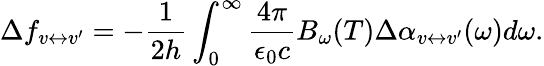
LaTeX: \Delta f_{v\leftrightarrow v^{\prime}}=-\frac{1}{2h}\int_{0}^{\infty}\frac{4\pi}{\epsilon_{0}c}B_{\omega}(T)\Delta\alpha_{v\leftrightarrow v^{\prime}}(\omega)d\omega.